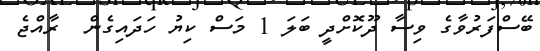
ބޭސްފަރުވާގެ ވިސާ ދޫކޮށްދީ ބަލަ 1 މަސް ކިޔު ހަދައިގެން  ރާއްޖެ